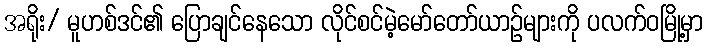
အရိုး/ မူဟစ်ဒင်၏ ပြောချင်နေသော လိုင်စင်မဲ့မော်တော်ယာဉ်များကို ပလက်ဝမြို့မှာ